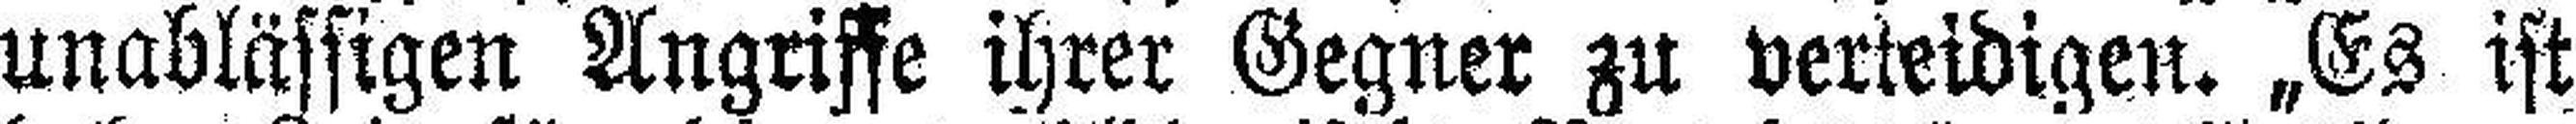
unablässigen Angriffe ihrer Gegner zu verteidigen. „Es ist